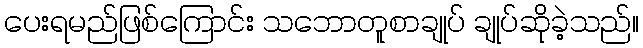
ပေးရမည်ဖြစ်ကြောင်း သဘောတူစာချုပ် ချုပ်ဆိုခဲ့သည်။